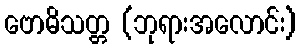
ဗောဓိသတ္တ (ဘုရားအလောင်း)